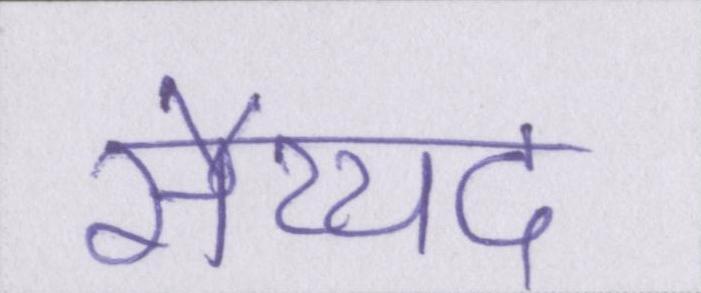
सैय्यद